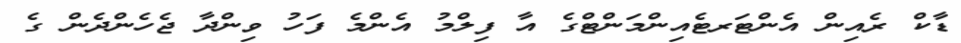
ޑާކް ރެއިން އެންޓަރޓެއިންމަންޓްގެ އާ ފިލްމު އެންމެ ފަހު ވިންދާ ޖެހެންދެން ގެ